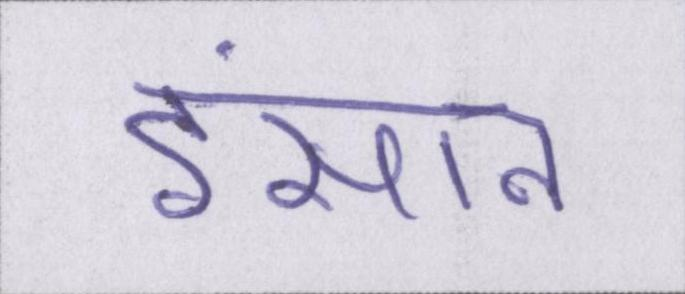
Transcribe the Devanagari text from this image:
इंसान